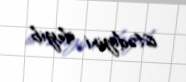
istədiyini deyib.